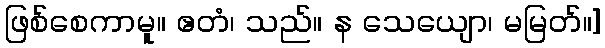
ဖြစ်စေကာမူ။ ဧတံ၊ သည်။ န သေယျော၊ မမြတ်။]